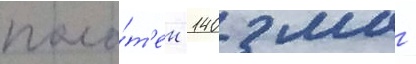
поло́т'ен 140 мм -